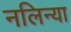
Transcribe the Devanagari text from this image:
नलिन्या